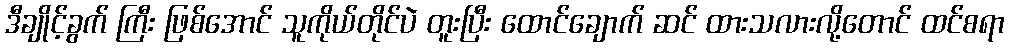
ဒီချိုင့်ခွက် ကြီး ဖြစ်အောင် သူကိုယ်တိုင်ပဲ တူးပြီး ထောင်ချောက် ဆင် ထားသလားလို့တောင် ထင်စရာ